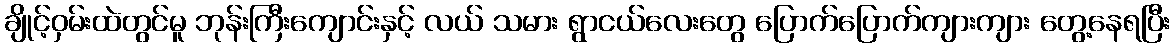
ချိုင့်ဝှမ်းထဲတွင်မူ ဘုန်းကြီးကျောင်းနှင့် လယ် သမား ရွာငယ်လေးတွေ ပြောက်ပြောက်ကျားကျား တွေ့နေရပြီး